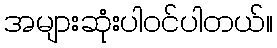
အများဆုံးပါဝင်ပါတယ်။